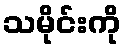
သမိုင်းကို